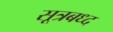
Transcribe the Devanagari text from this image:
सूत्रबध्द